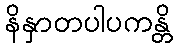
နိနှာတပါပကန္တိ